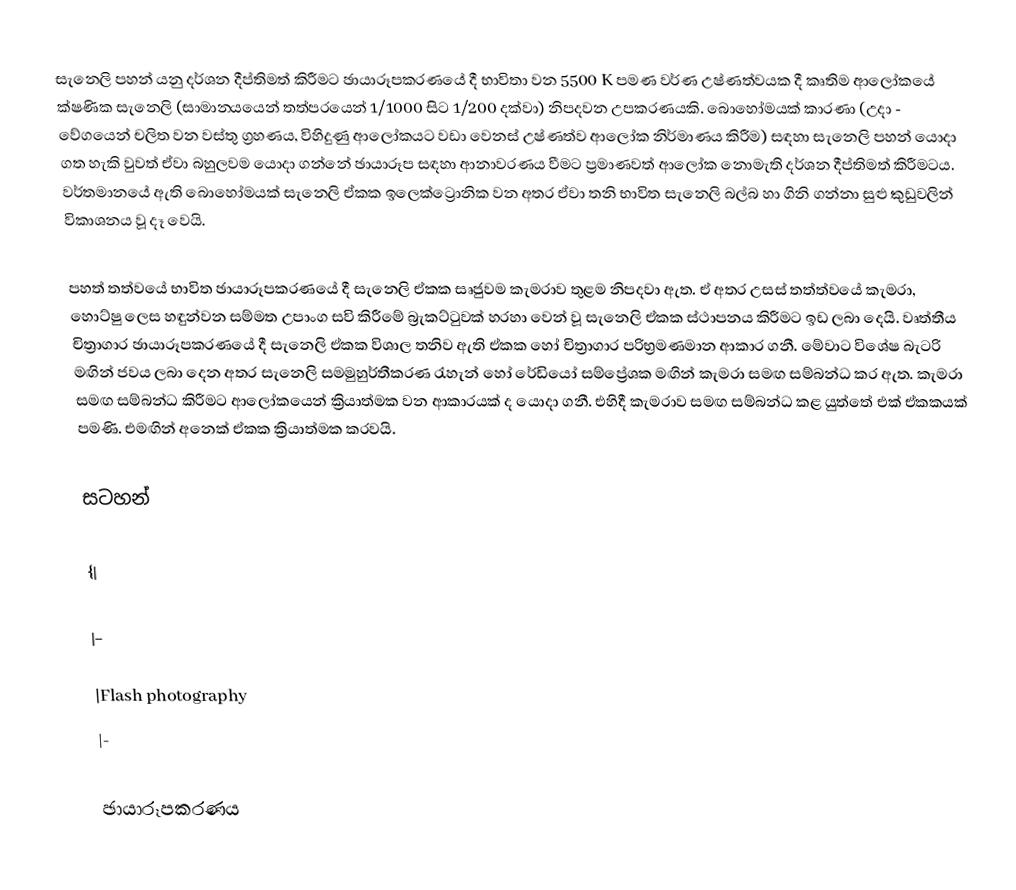
සැනෙලි පහන් යනු දර්ශන දීප්තිමත් කිරීමට ඡායාරූපකරණයේ දී භාවිතා වන 5500 K පමණ වර්ණ උෂ්ණත්වයක දී කෘතිම ආලෝකයේ ක්ෂණික සැනෙලි (සාමාන‍්‍යයෙන් තත්පරයෙන් 1/1000 සිට 1/200 දක්වා) නිපදවන උපකරණයකි. බොහෝමයක් කාරණා (උදා - වේගයෙන් චලිත වන වස්තු ග්‍රහණය, විහිදුණු ආලෝකයට වඩා වෙනස්  උෂ්ණත්ව ආලෝක නිර්මාණය කිරීම) සඳහා සැනෙලි පහන් යොදා ගත හැකි වුවත් ඒවා බහුලවම යොදා ගන්නේ ඡායාරූප සඳහා ආනාවරණය වීමට ප්‍රමාණවත් ආලෝක නොමැති දර්ශන දීප්තිමත් කිරීමටය. වර්තමානයේ ඇති බොහෝමයක් සැ‍නෙලි ඒකක ඉලෙක්ට්‍රොනික වන අතර ඒවා තනි භාවිත සැනෙලි බල්බ හා ගිනි ගන්නා සුළු  කුඩුවලින් විකාශනය වූ දෑ වෙයි.

පහත් තත්වයේ භාවිත ඡායාරූපකරණයේ දී සැනෙලි ඒකක සෘජුවම කැමරාව තුළම නිපදවා ඇත. ඒ අතර උසස් තත්ත්වයේ කැමරා, හොට්ෂු ලෙස හඳුන්වන සම්මත උපාංග සවි කිරීමේ බ්‍රැකට්ටුවක් හරහා වෙන් වූ සැනෙලි ඒකක ස්ථාපනය කිරීමට ඉඩ ලබා දෙයි. වෘත්තීය චිත්‍රාගාර ඡායාරූපකරණයේ දී සැනෙලි ‍ඒකක විශාල තනිව ඇති ඒකක හෝ චිත්‍රාගාර පරිභ්‍රමණමාන ආකාර ගනී. මේවාට විශේෂ බැටරි මඟින් ජවය ලබා දෙන අතර සැනෙලි සමමුහුර්තීකරණ රැහැන් හෝ රේඩියෝ සම්ප්‍රේශක මඟින් කැමරා සමඟ සම්බන්ධ කර ඇත. කැමරා සමඟ සම්බන්ධ කිරීමට ආලෝකයෙන් ක්‍රියාත්මක වන ආකාරයක් ද යොදා ගනී. එහිදී කැමරාව සමඟ සම්බන්ධ කළ යුත්තේ එක් ඒකකයක් පමණි. එමඟින් අ‍නෙක් ඒකක ක්‍රියාත්මක කරවයි.

සටහන්

{|

|-

|Flash photography
|-

ඡායාරූපකරණය